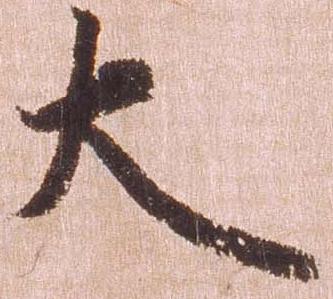
大